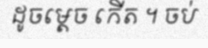
ដូចម្តេច កើត ។ ចប់